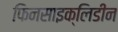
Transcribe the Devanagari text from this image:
फिनसाइक्लिडीन